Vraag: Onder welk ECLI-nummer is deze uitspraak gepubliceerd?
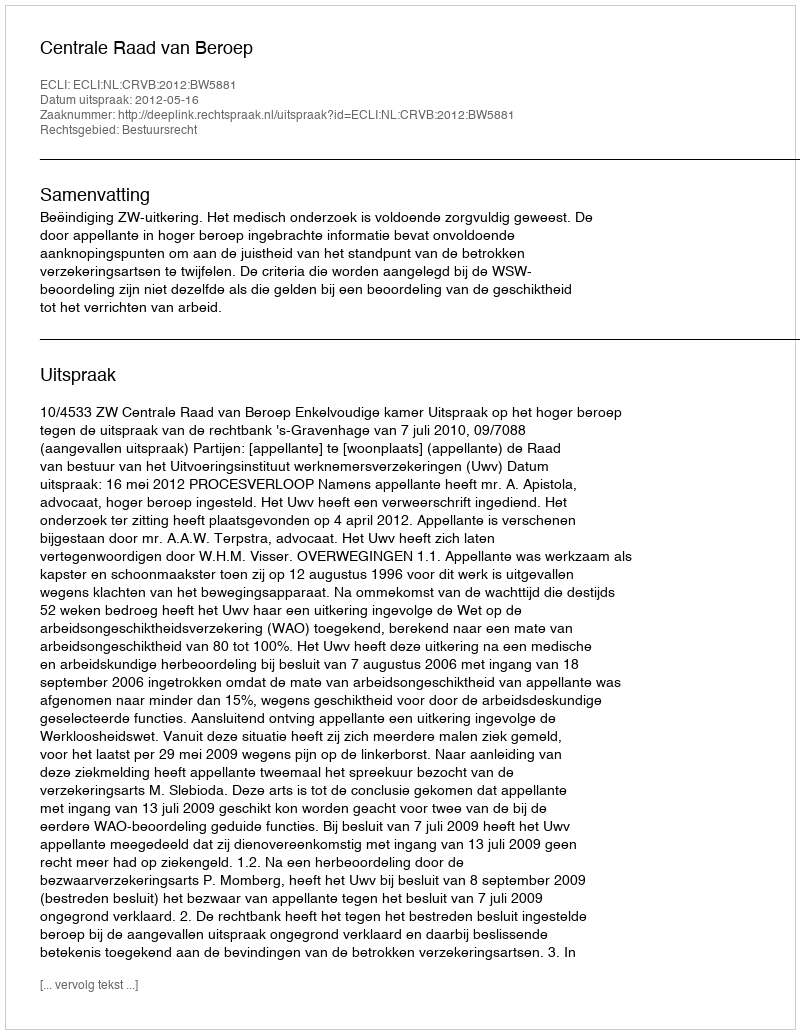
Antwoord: ECLI:NL:CRVB:2012:BW5881